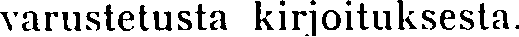
varustetusta kirjoituksesta.